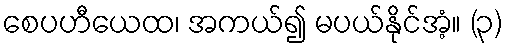
စေပဟီယေထ၊ အကယ်၍ မပယ်နိုင်အံ့။ (၃)